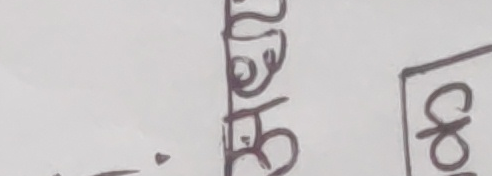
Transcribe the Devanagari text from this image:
लेने